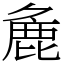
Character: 麁